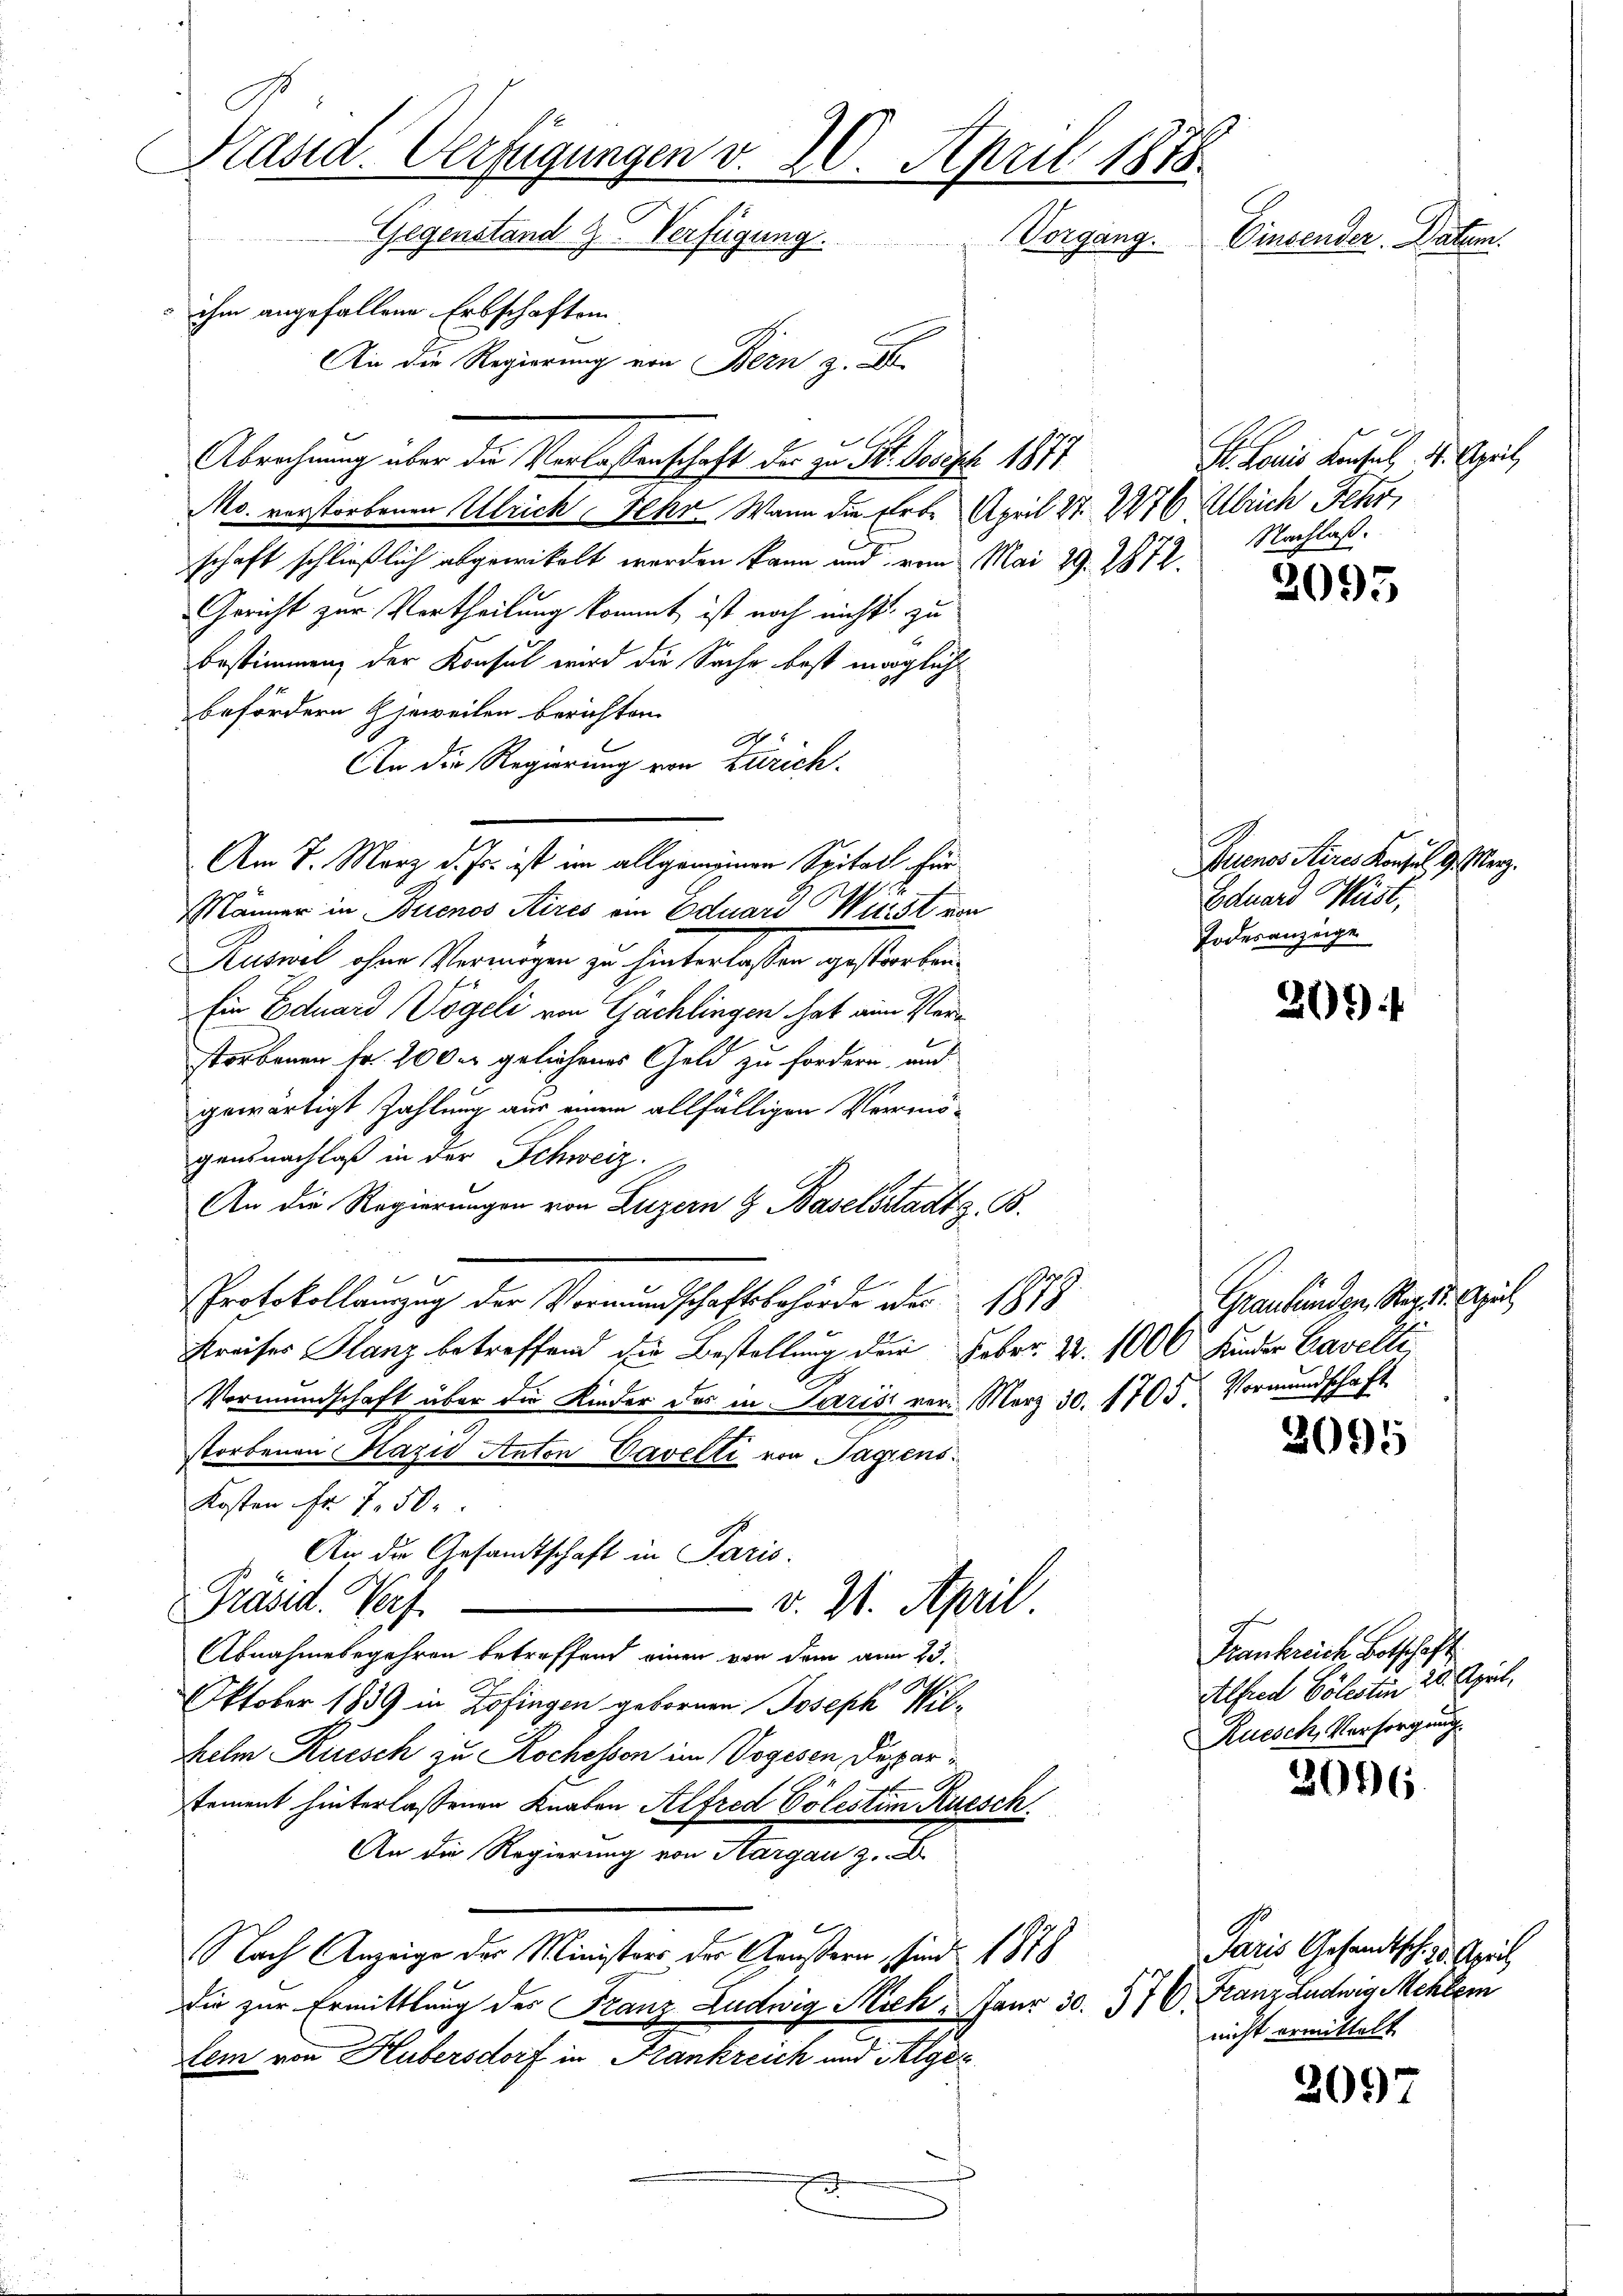
Präsid. Verfügungen v. 20. April 1875.
Gegenstand 2. Verfügung.
Vorgang.
Einsender. Datum.
ihm angefallene Erbschaften
An die Regierung von Bern z.

Abrechnung über die Verlassenschaft der zu Dr. So ist 1817
Mo. verstorbenen Ulrich, Fehr Wann die Erbe April 27. 2276 Ulrich Fehr,
schaft schließlich abgewickelt werden kann und vom Mai 29. 2972.
Gericht zur Vortheilung kommt ist noch nicht zu
bestimmen, der Konsul wird die Sache best möglicht
befördern jeweilen berichten.
An die Regierung von Zürich.
Am 7. März d. Js. ist im allgemeinen Spital für
1
Männer in Buenos Aires ein Eduard Witt von
Ruswel ohne Vermögen zu hinterlassen gestorben.
Ein Eduard Vögeli von Gächlingen hat ein Verstorbenen Fr. 200 er geliehenes Geld zu fordern, und
gewärtigt Zahlung aus einem allfälligen Vermögensnachlaß in der Schweiz.
An die Regierungen von Luzern & Baselstadts. B.
Protokollauszug der Vormundschaftsbehörde der 1878
Kreises Glanz betreffend die Bestellung der Feber 22. 1000 Kinder Cavelli
Vormundschaft über die Kinder des in Paris von März 30. 1705. Vormundschaft
storbenen Hazid Anton Vavelti von Tagens
Kosten Fr. 750.
An die Gesandtschaft in Paris.
 v. 21. April.
Präsid. Weis
Abnahmebegehren betreffend einen von dem am 25.
Oktober 1839 in Zofingen gebornen Joseph Wilhelm Rüesch zu Rochossen im Vogesen Deparsement hinterlassenen Knaben Alfred Cölestem Ruesch
An die Regierung von Aargau z.
E
Nach Anzeige der Ministers der Aeußern, sind 1878
die zur Ermittlung des Franz Ludwig Mich. Janr 30. 57 C. Franz Ludwig Mehler
lem von Hubersdorf in Krankreich und Algez

2093

201)

I. Louis Konsul 4. April
Nachlaß.

Auenos Aires Konsul 9. März.
Eduard Meist,
Todesanzeige

Graubünden, Rez. 1. April

2095

2096.

201)

Frankreich Botschaft.
Athen Cölesten 26. April,
Ruesch, Versorgung

Paris Gesandtsch. 2. April
nicht ermittelt.